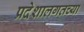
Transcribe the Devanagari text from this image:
प्रदेशालगतच्या